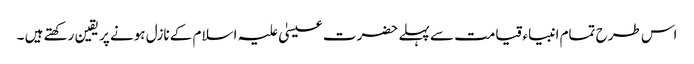
اس طرح تمام انبیاء قیامت سے پہلے حضرت عیسیٰ علیہ اسلام کے نازل ہونے پر یقین رکھتے ہیں ۔